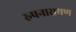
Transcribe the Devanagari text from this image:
रुपनारायण